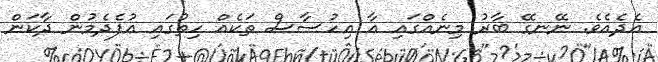
އެދެއެވެ. ނޭނގޭ ބާރު މިނެއްގައި އާ އިހުސާސް ތަކެއް ހިތުގައި އުފެދެމުން ދާކަން